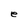
Character: e